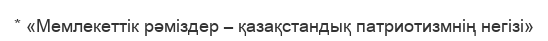
* «Мемлекеттік рәміздер – қазақстандық патриотизмнің негізі»